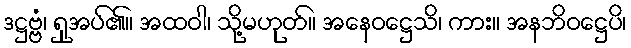
ဒဋ္ဌဗ္ဗံ၊ ရှုအပ်၏။ အထဝါ၊ သို့မဟုတ်။ အနေဝဋ္ဌေသိ၊ ကား။ အနဘိဝဋ္ဌေပိ၊